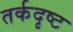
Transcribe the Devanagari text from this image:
तर्कदृष्ट